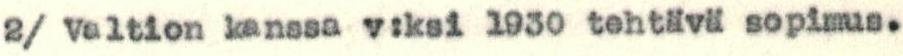
2/ Valtion kanssa v:ksi 1930 tehtävä sopimus.